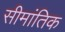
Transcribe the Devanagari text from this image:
सीमांतिक